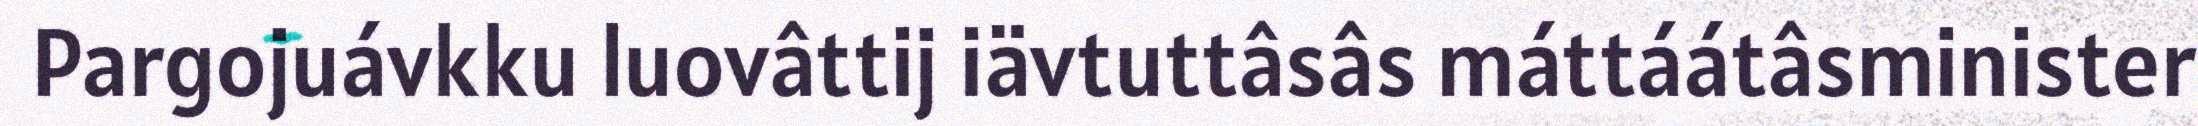
Pargojuávkku luovâttij iävtuttâsâs máttáátâsminister